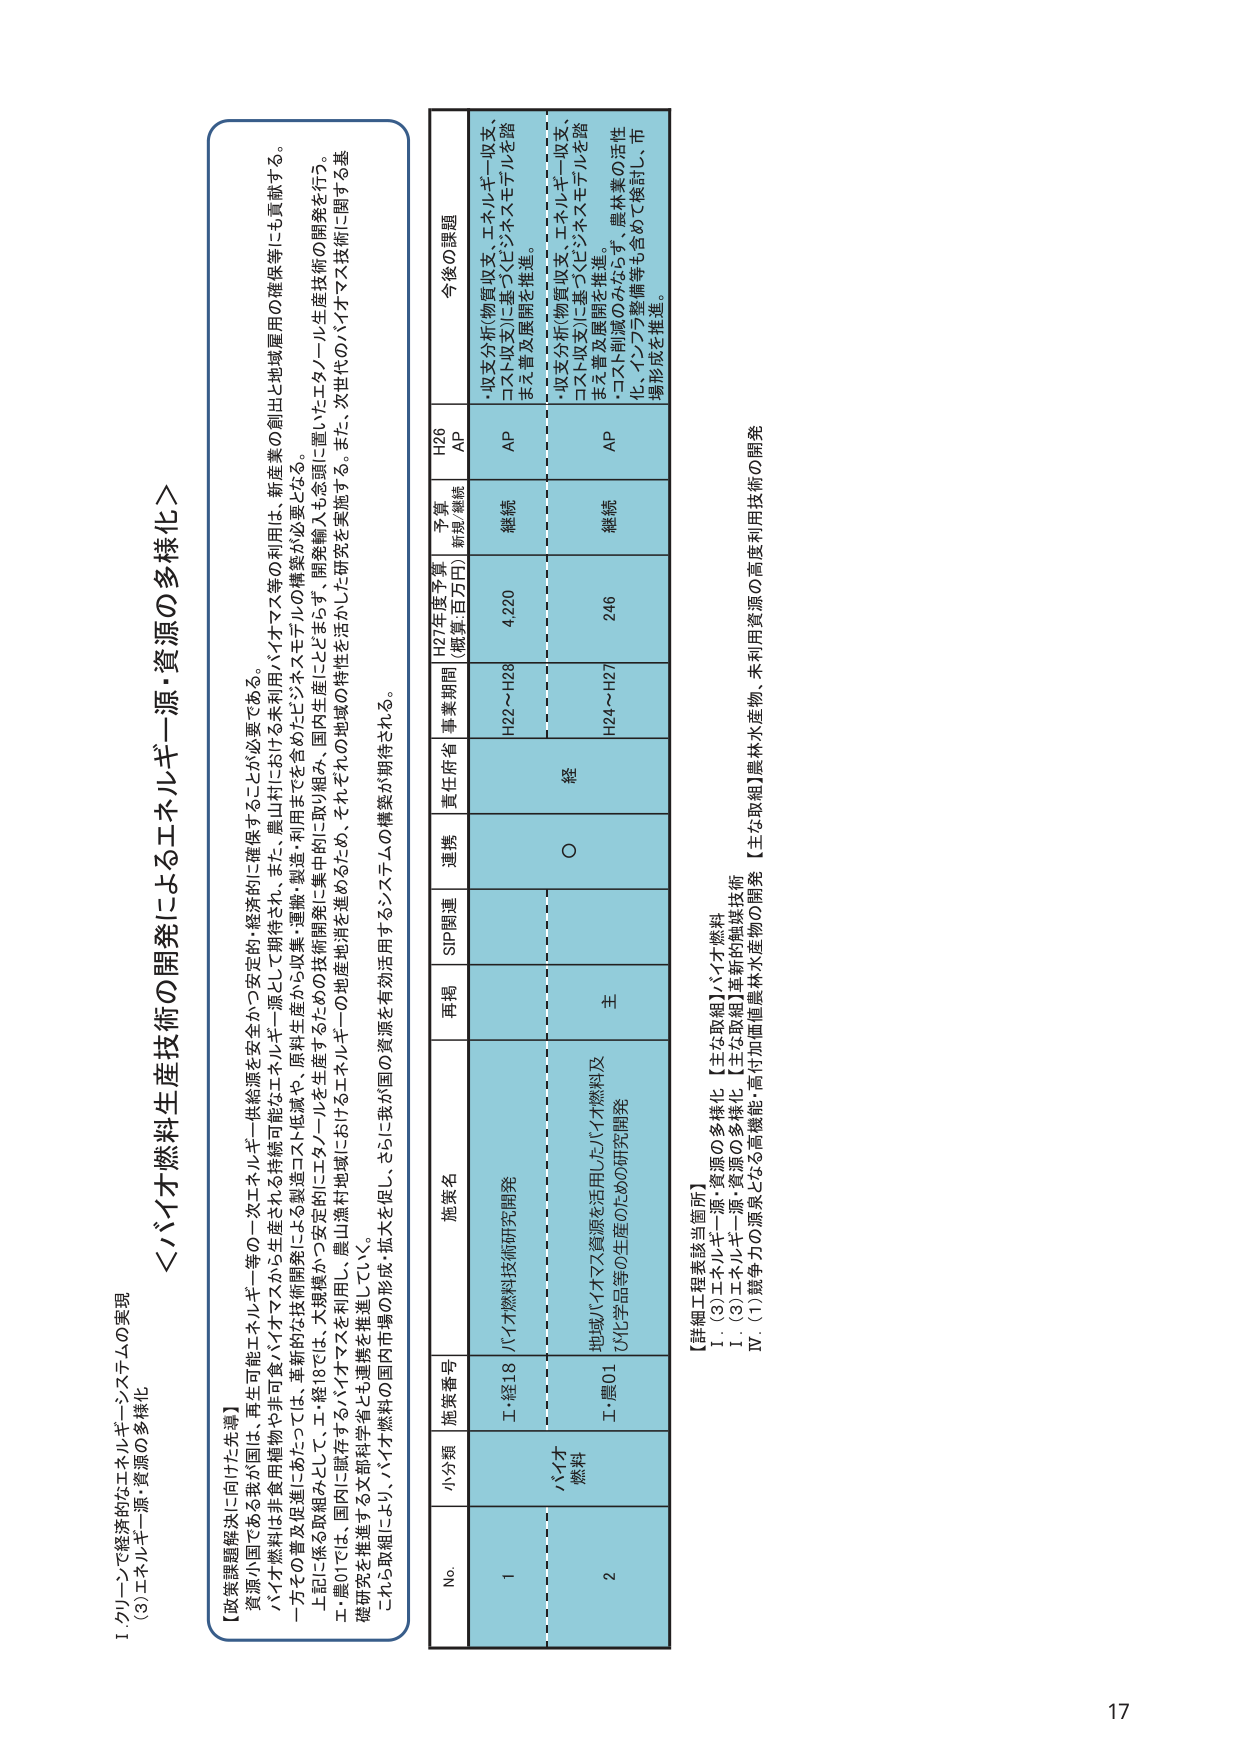
I. グリーンで経済的なエネルギー・システムの実現
(3) エネルギー源・資源の多様化

＜バイオ燃料生産技術の開発によるエネルギー源・資源の多様化＞

【政策課題解決に向けた先導】
資源小国である我が国は、再生可能エネルギー等の一次エネルギー供給源を安全かつ安定的・経済的に確保することが必要である。
バイオ燃料は非食用植物や非可食バイオマスから生産される持続可能なエネルギー源として期待され、また、農山村における未利用バイオマス等の利用は、新産業の創出と地域雇用の確保等にも貢献する。
一方その普及促進にあたっては、革新的な技術開発による製造コスト低減や、原料生産から収集・運搬・製造・利用までを含めたビジネスモデルの構築が必要となる。
上記に係る取組みとして、工・経18では、大規模かつ安定的にエタノールを生産するための技術開発に集中的に取り組み、開発輸入も念頭に置いたエタノール生産技術の開発を行う。
工・農01では、国内に賦存するバイオマスを利用し、農山漁村地域におけるエネルギーの地域地消を進めるため、それそれぞれの地域の特性を活かした研究を実施する。また、次世代のバイオマス技術に関する基礎研究を推進する太部科学省も連携を推進していく。
これら取組により、バイオ燃料の国内市場の形成・拡大を促し、さらに我が国の資源を有効活用するシステムの構築が期待される。

No. 小分類 施策番号 施策名 再掲 SIP関連 連携 責任府省 事業期間 H27年度予算 (概算/百万円) 予算 無視/継続 H26 AP 今後の課題
1 バイオ燃料 工・経18 バイオ燃料技術研究開発 経 H22～H28 4,220 継続 AP ・収支分析(物質収支、エネルギー収支、コスト収支)に基づくビジネスモデルを踏まえ普及展開を推進。
2 工・農01 地域バイオマス資源を活用したバイオ燃料及び化学品等の生産のための研究開発 主 H24～H27 246 継続 AP ・収支分析(物質収支、エネルギー収支、コスト収支)に基づくビジネスモデルを踏まえ普及展開を推進。
・コスト削減のみならず、農林業の活性化、インフラ整備等も含めて検討し、市場形成を推進。

【詳細工程表該当箇所】
I. (3) エネルギー源・資源の多様化 【主な取組】バイオ燃料
I. (3) エネルギー源・資源の多様化 【主な取組】革新的触媒技術
IV. (1) 競争力の源泉となる高機能・高付加価値農林水産物の開発 【主な取組】農林水産物、未利用資源の高度利用技術の開発

17